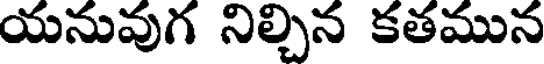
యనువుగ నిల్చిన కతమున